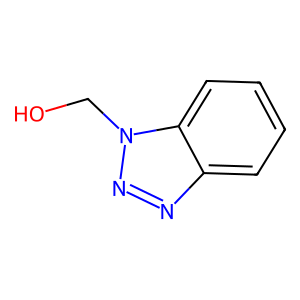
SMILES: OCn1nnc2ccccc21
Inhibits HIV replication: No